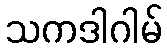
သကဒါဂါမ်